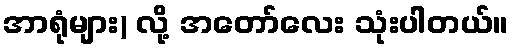
အာရုံများ) လို့ အတော်လေး သုံးပါတယ်။